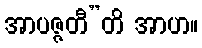
အာပဇ္ဇတီ”တိ အာဟ။